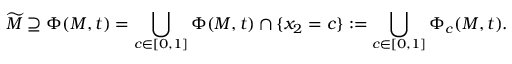
\widetilde { M } \supseteq \Phi ( M , t ) = \bigcup _ { c \in [ 0 , 1 ] } \Phi ( M , t ) \cap \{ x _ { 2 } = c \} : = \bigcup _ { c \in [ 0 , 1 ] } \Phi _ { c } ( M , t ) .